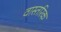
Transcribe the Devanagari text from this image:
वास्तरिक